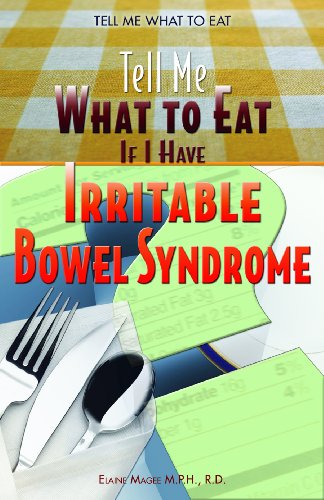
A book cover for Tell Me What To Eat If I Have Irritable Bowel Syndrome; Elaine Magee; Teen & Young Adult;